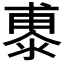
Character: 鿿